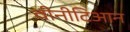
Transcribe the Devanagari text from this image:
वीनीटिआन